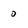
Character: 0